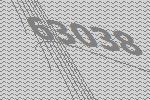
63038